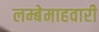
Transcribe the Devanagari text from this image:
लम्बेमाहवारी